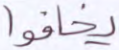
يخافوا